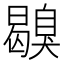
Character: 𦤪